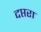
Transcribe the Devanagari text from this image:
दप्तरा